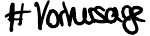
# Vorhersage